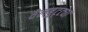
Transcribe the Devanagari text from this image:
वेलबुट्ट्या